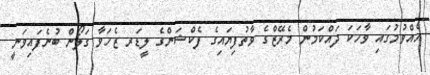
އެއްވުމުގައި ވާހަކަ ދައްކަމުން މެރޭޒްގެ ވާތުފިޔައިގެ ފެކްޝަންގެ ލީޑަރ ޒެހަވާ ގަލޯން ބުނެފައިވަނީ